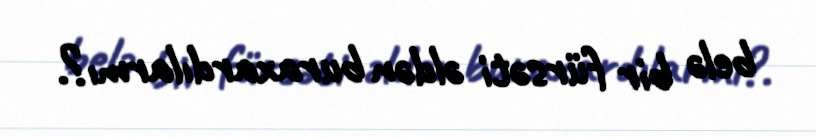
belə bir fürsəti əldən buraxardılarmı?.